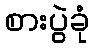
စားပွဲခုံ